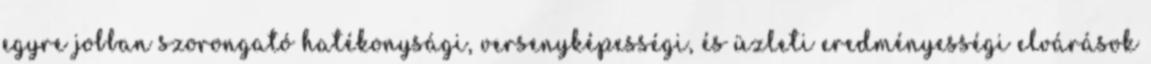
egyre jobban szorongató hatékonysági, versenyképességi, és üzleti eredményességi elvárások